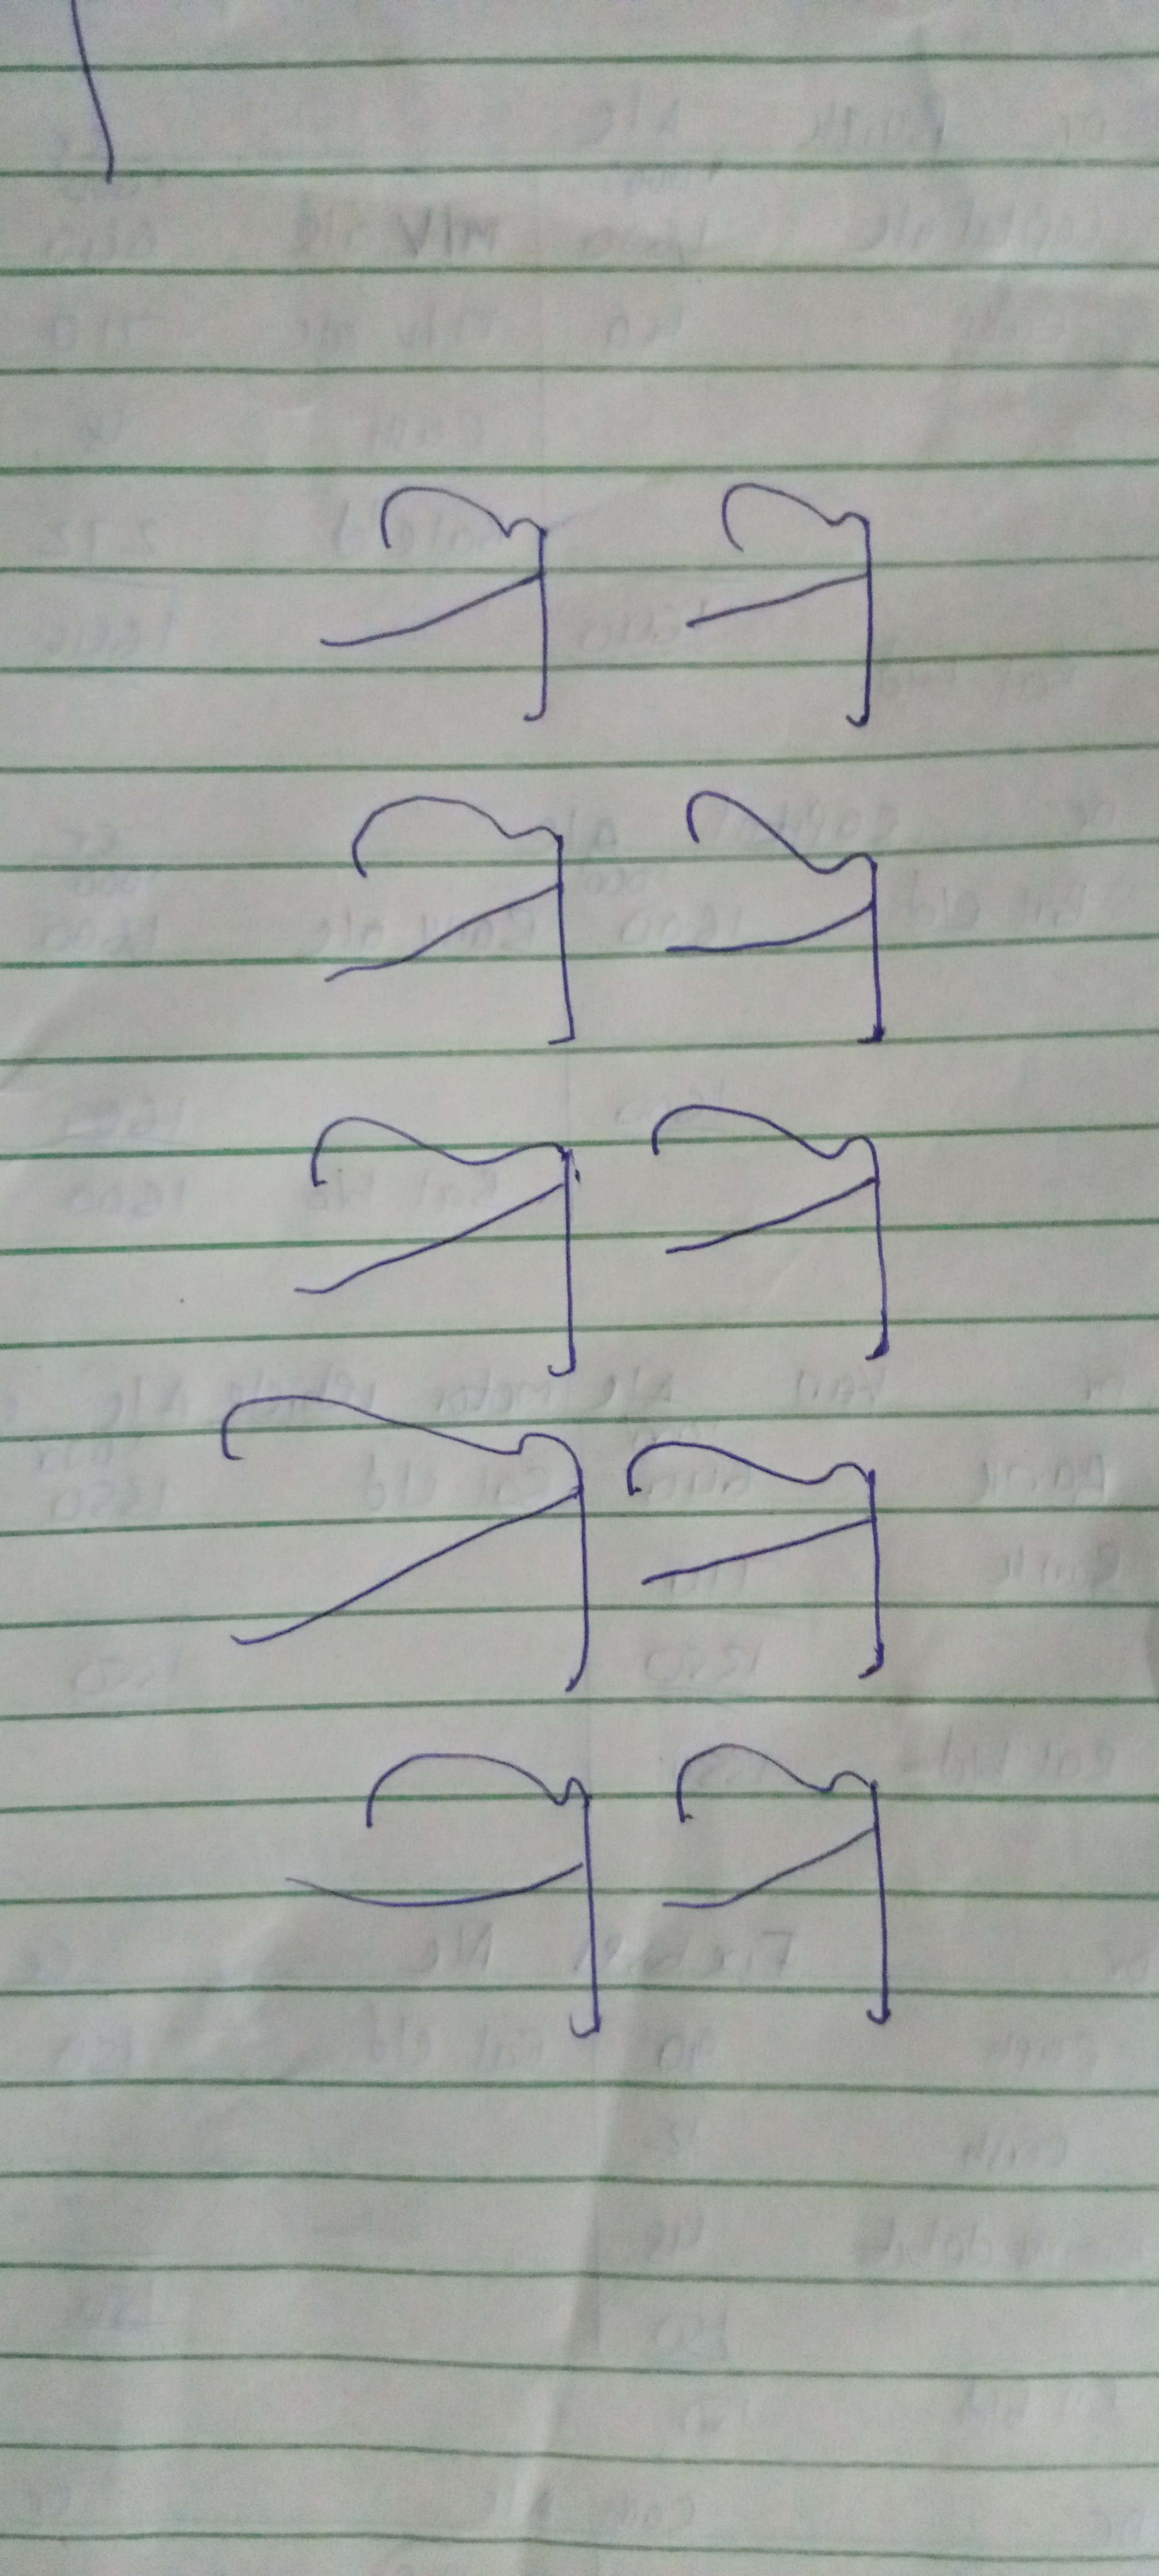
Signature authenticity: forged